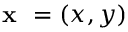
\textbf { x } = ( x , y )